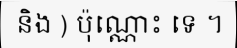
និង ) ប៉ុណ្ណោះ ទេ ។